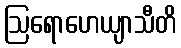
ဩရောဟေယျာသီတိ